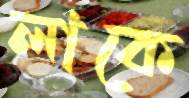
লাকে